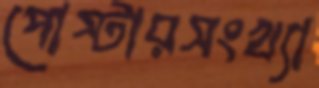
পোস্টারসংখ্যা